Indian journal of veterinary science and animal husbandry - Volume 12,
Year: 1942
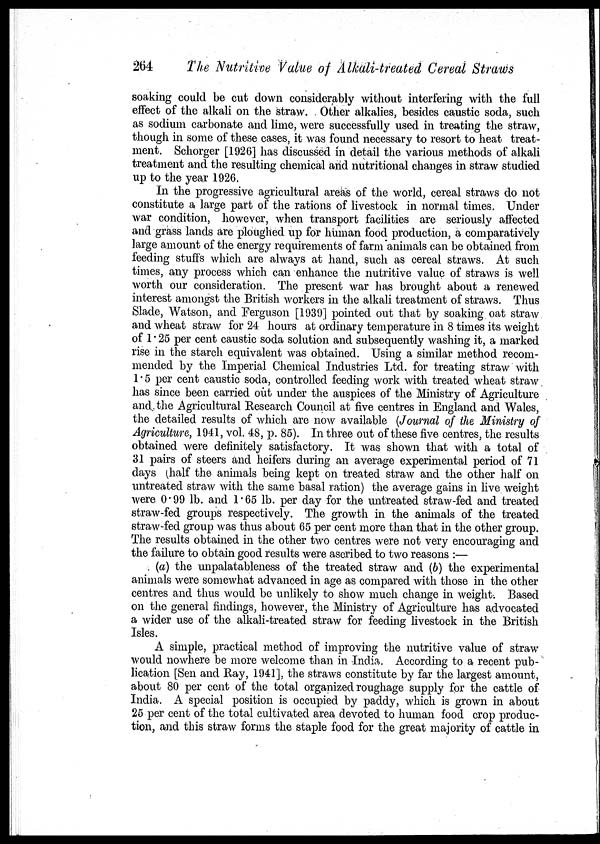
264
The Nutritive Value of Alkali-treated Cereal Straws
soaking could be cut down considerably without interfering with the full
effect of the alkali on the straw. Other alkalies, besides caustic soda, such
as sodium carbonate and lime, were successfully used in treating the straw,
though in some of these cases, it was found necessary to resort to heat treat-
ment. Schorger [1926] has discussed in detail the various methods of alkali
treatment and the resulting chemical and nutritional changes in straw studied
up to the year 1926.
In the progressive agricultural areas of the world, cereal straws do not
constitute a large part of the rations of livestock in normal times. Under
war condition, however, when transport facilities are seriously affected
and grass lands are ploughed up for human food production, a comparatively
large amount of the energy requirements of farm animals can be obtained from
feeding stuffs which are always at hand, such as cereal straws. At such
times, any process which can enhance the nutritive value of straws is well
worth our consideration. The present war has brought about a renewed
interest amongst the British workers in the alkali treatment of straws. Thus
Slade, Watson, and Ferguson [1939] pointed out that by soaking oat straw
and wheat straw for 24 hours at ordinary temperature in 8 times its weight
of 1.25 per cent caustic soda solution and subsequently washing it, a marked
rise in the starch equivalent was obtained. Using a similar method recom-
mended by the Imperial Chemical Industries Ltd. for treating straw with
1.5 per cent caustic soda, controlled feeding work with treated wheat straw
has since been carried out under the auspices of the Ministry of Agriculture
and the Agricultural Research Council at five centres in England and Wales,
the detailed results of which are now available (Journal of the Ministry of
Agriculture, 1941, vol. 48, p. 85). In three out of these five centres, the results
obtained were definitely satisfactory. It was shown that with a total of
31 pairs of steers and heifers during an average experimental period of 71
days (half the animals being kept on treated straw and the other half on
untreated straw with the same basal ration) the average gains in live weight
were 0.99 lb. and 1.65 lb. per day for the untreated straw-fed and treated
straw-fed groups respectively. The growth in the animals of the treated
straw-fed group was thus about 65 per cent more than that in the other group.
The results obtained in the other two centres were not very encouraging and
the failure to obtain good results were ascribed to two reasons :—
(a) the unpalatableness of the treated straw and (b) the experimental
animals were somewhat advanced in age as compared with those in the other
centres and thus would be unlikely to show much change in weight. Based
on the general findings, however, the Ministry of Agriculture has advocated
a wider use of the alkali-treated straw for feeding livestock in the British
Isles.
A simple, practical method of improving the nutritive value of straw
would nowhere be more welcome than in India. According to a recent pub-
lication [Sen and Ray, 1941], the straws constitute by far the largest amount,
about 80 per cent of the total organized roughage supply for the cattle of
India. A special position is occupied by paddy, which is grown in about
25 per cent of the total cultivated area devoted to human food crop produc-
tion, and this straw forms the staple food for the great majority of cattle in